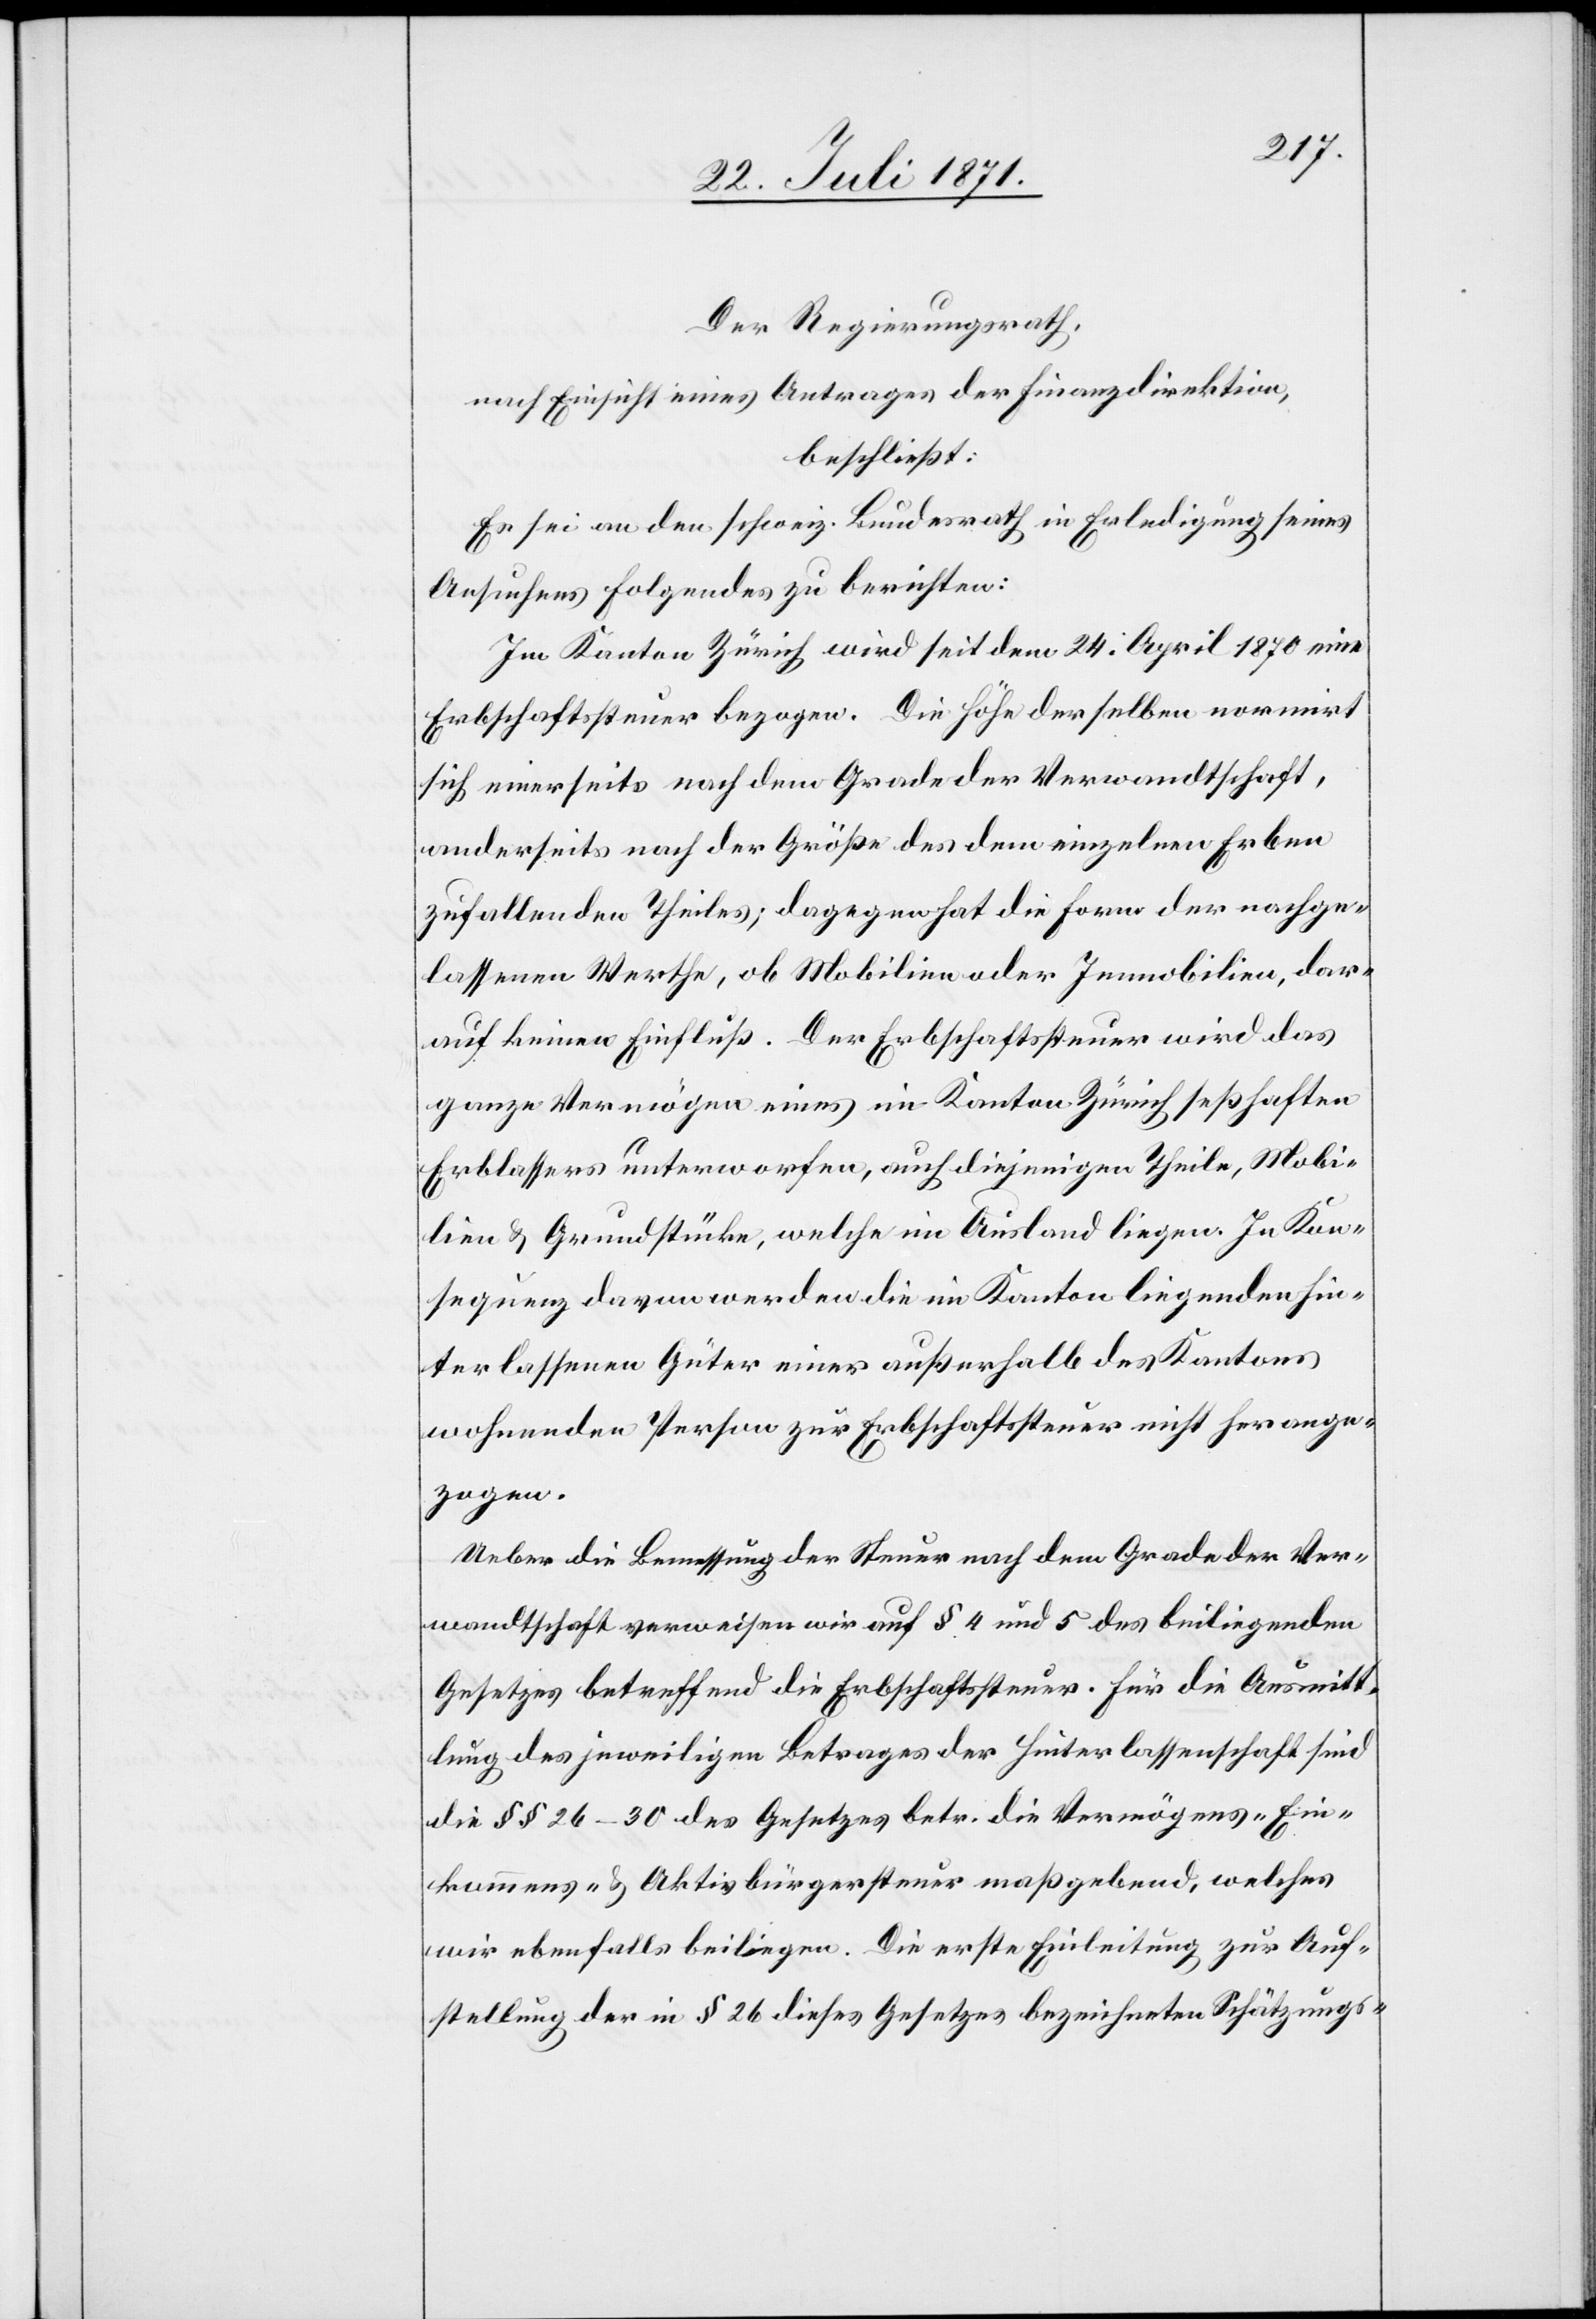
Der Regierungsrath,
nach Einsicht eines Antrages der Finanzdirektion,
beschließt:
Es sei an den schweiz. Bundesrath in Erledigung seines
Ansuchens Folgendes zu berichten:
Im Kanton Zürich wird seit dem 24. April 1870 eine
Erbschaftssteuer bezogen. Die Höhe derselben normirt
sich einerseits nach dem Grade der Verwandtschaft,
anderseits nach der Größe des dem einzelnen Erben
zufallenden Theiles; dagegen hat die Form der nachge¬
lassenen Werthe, ob Mobilien oder Immobilien, dar¬
auf keinen Einfluß. Der Erbschaftssteuer wird das
ganze Vermögen eines im Kanton Zürich seßhaften
Erblassers unterworfen, auch diejenigen Theile, Mobi¬
lien u. Grundstücke, welche im Ausland liegen. In Kon¬
sequenz davon werden die im Kanton liegenden hin¬
terlassenen Güter einer außerhalb des Kantons
wohnenden Person zur Erbschaftssteuer nicht herange¬
zogen.
Ueber die Bemessung der Steuer nach dem Grade der Ver¬
wandtschaft verweisen wir auf § 4 und 5 des beiliegenden
Gesetzes betreffend die Erbschaftssteuer. Für die Ausmitt¬
lung des jeweiligen Betrages der Hinterlassenschaft sind
die §§ 26–30 des Gesetzes betr. die Vermögens- Ein¬
kommens- u. Aktivbürgersteuer maßgebend, welches
wir ebenfalls beiliegen. Die erste Einleitung zur Auf¬
stellung der in § 26 dieses Gesetzes bezeichneten Schätzungs-